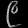
Digit: ၉